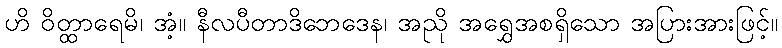
ဟိ ဝိတ္ထာရေမိ၊ အံ့။ နီလပီတာဒိဘေဒေန၊ အညို အရွှေအစရှိသော အပြားအားဖြင့်။